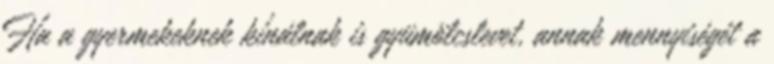
Ha a gyermekeknek kínálnak is gyümölcslevet, annak mennyiségét a